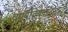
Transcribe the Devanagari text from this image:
वर्ण्यविषयानुसार